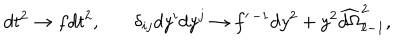
d t ^ { 2 } \to f d t ^ { 2 } , \ \ \ \delta _ { i j } d y ^ { i } d y ^ { j } \to f ^ { \prime \, - 1 } d y ^ { 2 } + y ^ { 2 } \widehat { d \Omega } _ { \ell - 1 } ^ { 2 } ,